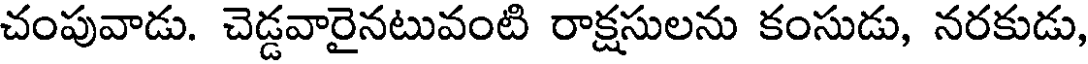
చంపువాడు. చెడ్డవారైనటువంటి రాక్షసులను కంసుడు, నరకుడు,